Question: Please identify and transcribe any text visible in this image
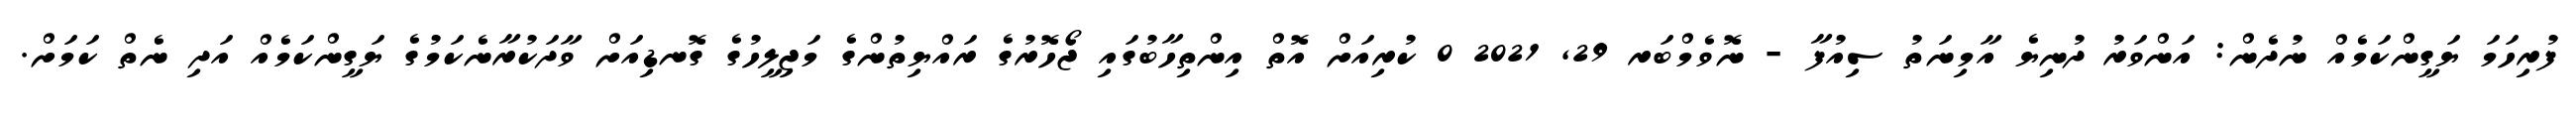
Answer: ފުރިހަމަ ޔަގީންކަމެއް ނުދެން: އަންވަރު ދުނިޔެ އާމިނަތު ސިއުފާ - ނޮވެމްބަރ 29, 2021 0 ކުރިއަށް އޮތް އިންތިހާބުގައި ޖޯހޮރުގެ ރައްޔިތުންގެ މަޖިލީހުގެ ގޮނޑިއަށް ވާދަކުރާނެކަމުގެ ޔަގީންކަމެއް އަދި ނެތް ކަމަށް.